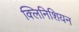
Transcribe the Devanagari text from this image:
क्लिनिशियन